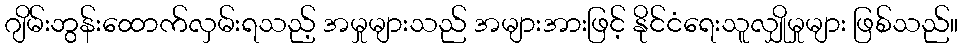
ဂျိမ်းဘွန်းထောက်လှမ်းရသည့် အမှုများသည် အများအားဖြင့် နိုင်ငံရေးသူလျှိုမှုများ ဖြစ်သည်။